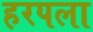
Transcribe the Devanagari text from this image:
हरपला